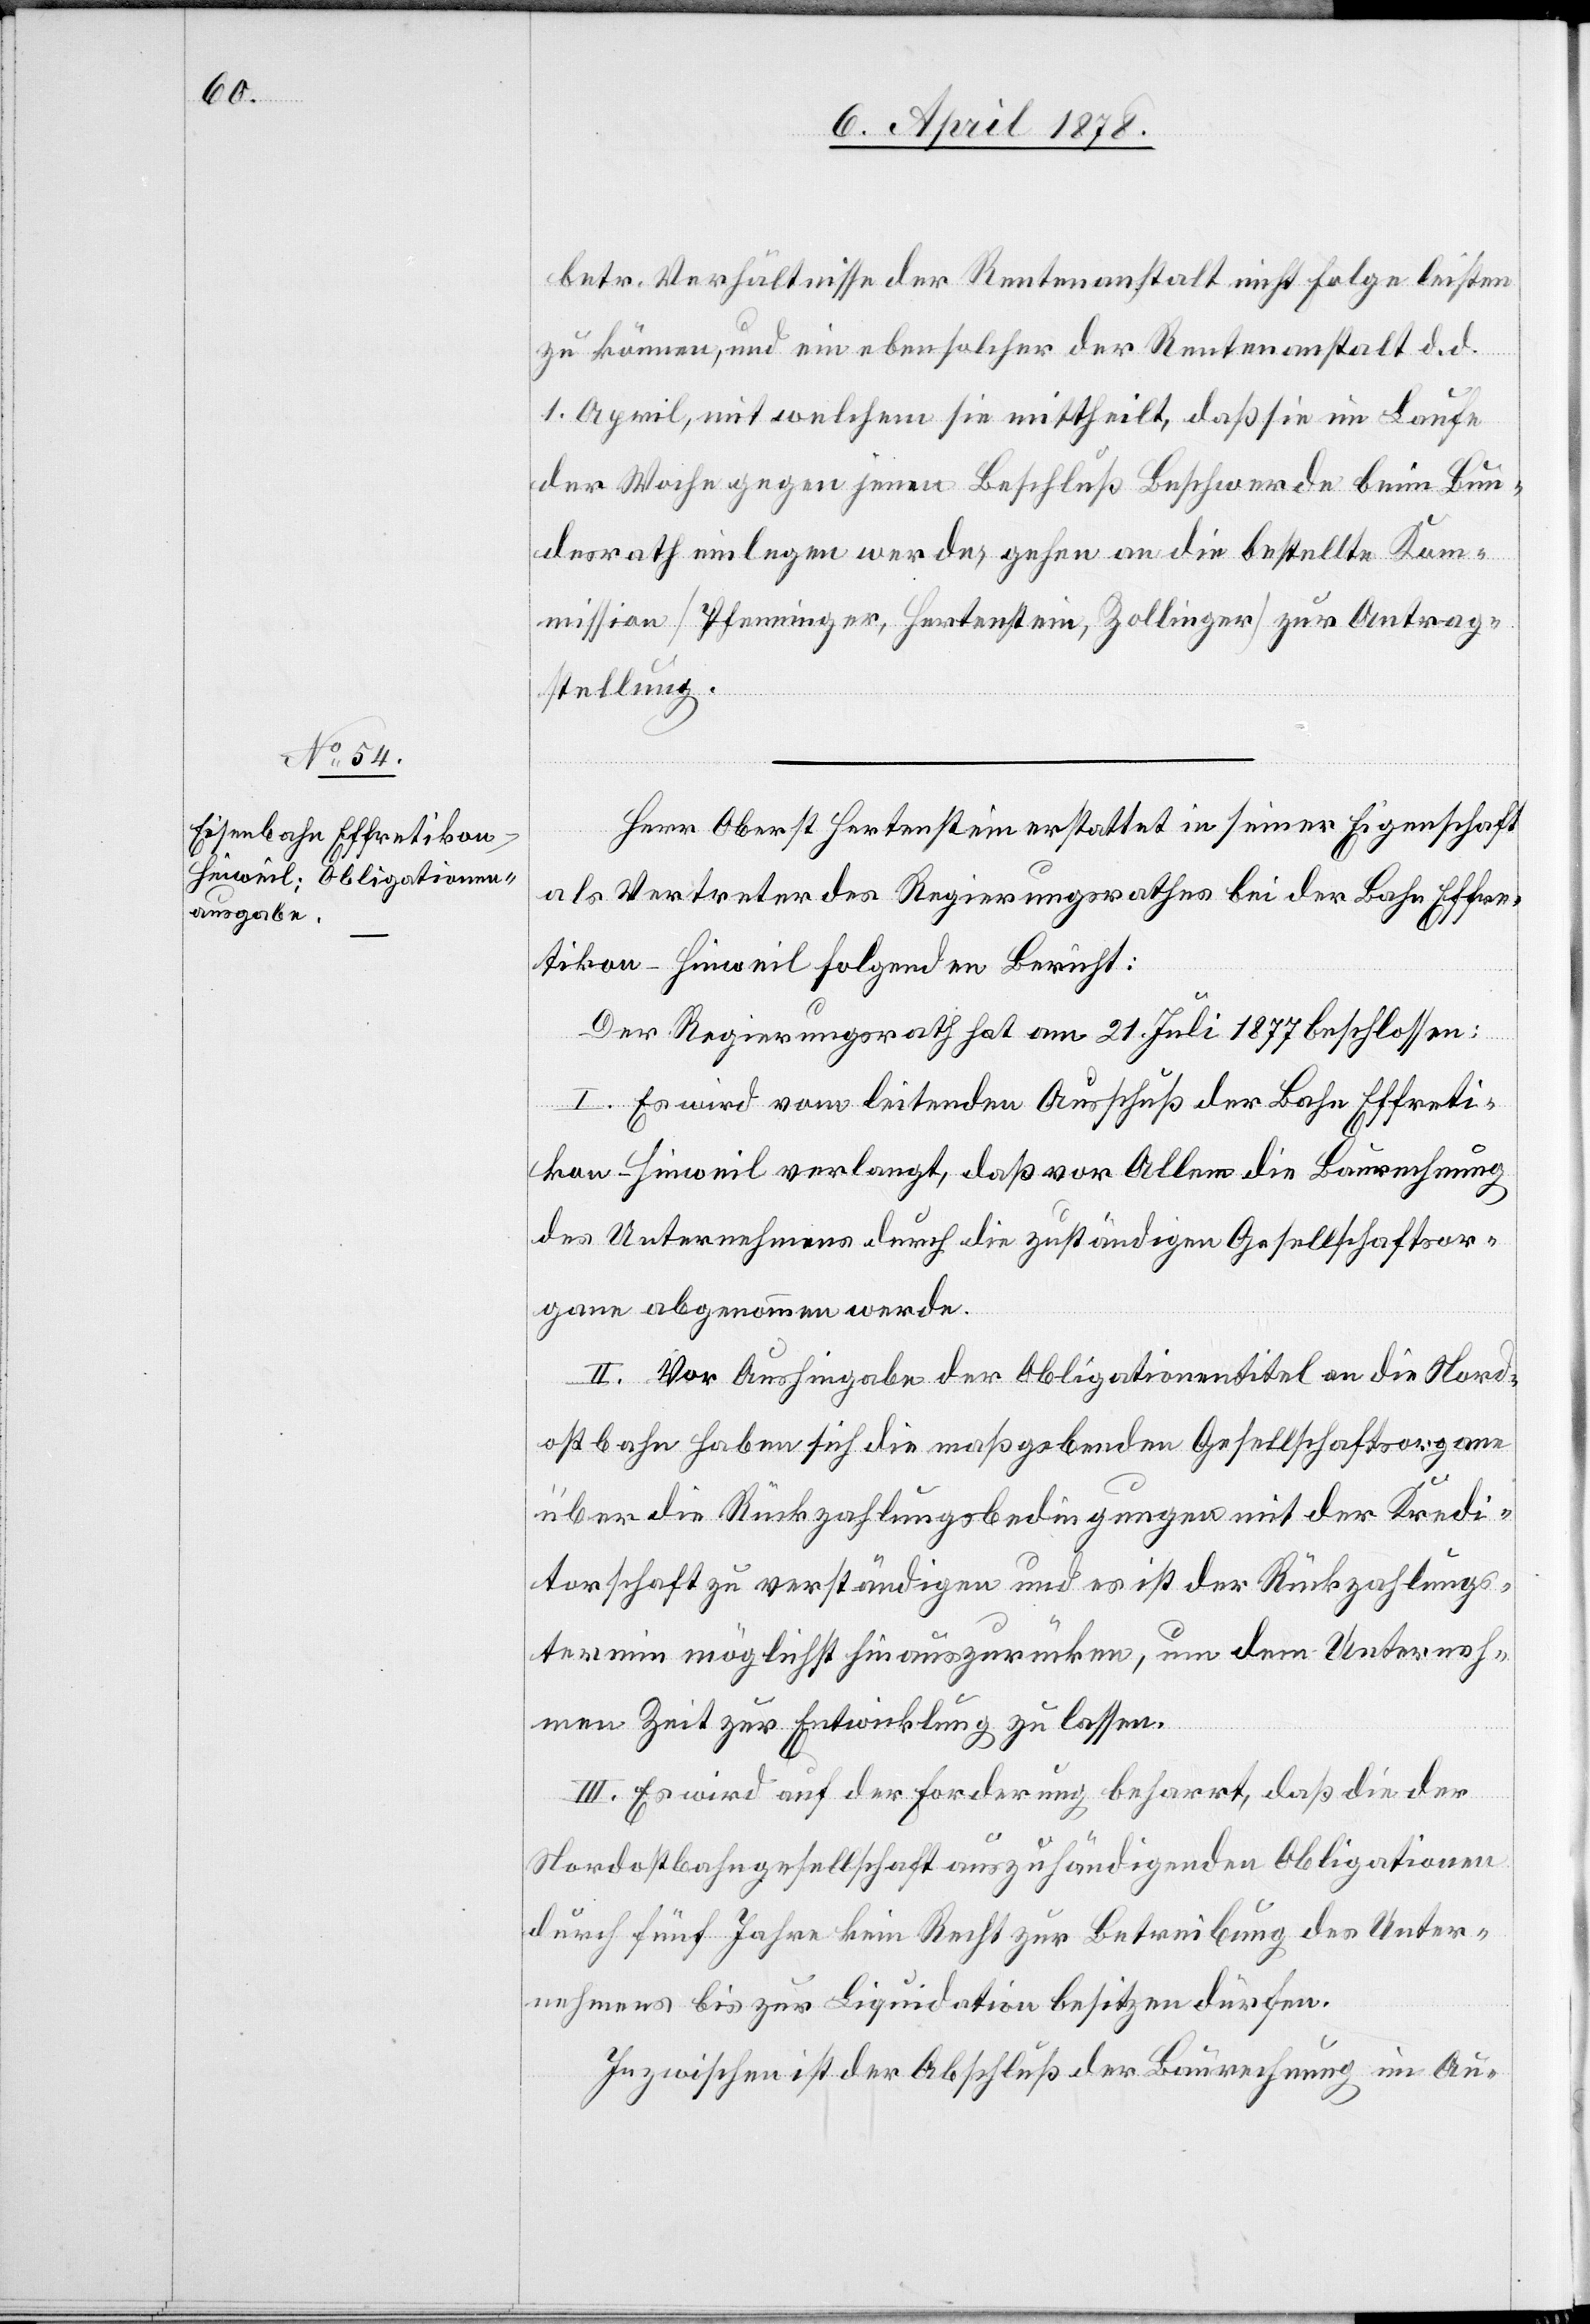
betr. Verhältnisse der Rentenanstalt nicht Folge leisten
zu können, und ein ebensolcher der Rentenanstalt d. d.
1. April, mit welchem sie mittheilt, daß sie im Laufe
der Woche gegen jenen Beschluß Beschwerde beim Bun¬
desrath einlegen werde, gehen an die bestellte Kom¬
mission (Pfenninger, Hertenstein, Zollinger) zur Antrag¬
stellung.
Herr Oberst Hertenstein erstattet in seiner Eigenschaft
als Vertreter des Regierungsrathes bei der Bahn Effre¬
tikon–Hinweil folgenden Bericht:
Der Regierungsrath hat am 21. Juli 1877 beschlossen:
I. Es wird vom leitenden Ausschuß der Bahn Effreti¬
kon–Hinweil verlangt, daß vor Allem die Baurechnung
des Unternehmers durch die zuständigen Gesellschaftsor¬
gane abgenommen werde.
II. Vor Aushingabe der Obligationentitel an die Nord¬
ostbahn haben sich die maßgebenden Gesellschaftsorgane
über die Rückzahlungsbedingungen mit der Kredi¬
torschaft zu verständigen und es ist der Rückzahlungs¬
termin möglichst hinauszurücken, um dem Unterneh¬
men Zeit zur Entwicklung zu lassen.
III. Es wird auf der Forderung beharrt, daß die der
Nordostbahngesellschaft auszuhändigenden Obligationen
durch fünf Jahre kein Recht zur Betreibung des Unter¬
nehmers bis zur Liquidation besitzen dürfen.
Inzwischen ist der Abschluß der Baurechnung im Au-